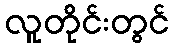
လူတိုင်းတွင်